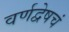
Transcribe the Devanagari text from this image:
वर्णद्वेषचं